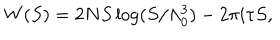
W ( S ) = 2 N S \log ( S / \Lambda _ { 0 } ^ { 3 } ) - 2 \pi i \tau S ,